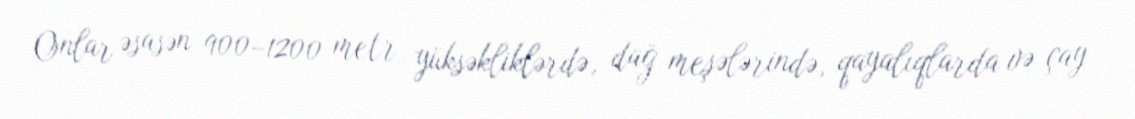
Onlar əsasən 900–1200 metr yüksəkliklərdə, dağ meşələrində, qayalıqlarda və çay